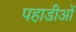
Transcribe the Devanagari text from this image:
पहाडीओं